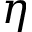
\eta